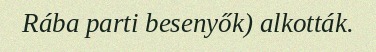
Rába parti besenyők) alkották.